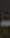
-